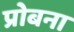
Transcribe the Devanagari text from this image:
प्रोबना